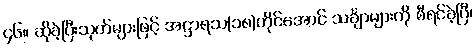
၄၆။ ဆိုခဲ့ပြီးသုတ်များဖြင့် အဋ္ဌာရသ(၁၈)တိုင်အောင် သင်္ချာများကို စီရင်ခဲ့ပြီ၊